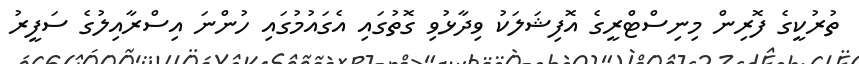
ތުުރުކީގެ ފޮރިން މިނިސްޓްރީގެ އޮފިޝަލަކު ވިދާޅުވި ގޮތުގައި އެގައުމުގައި ހުންނަ އިސްރާއިލުގެ ސަފީރު